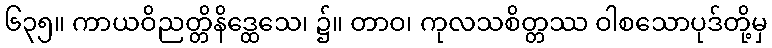
၆၃၅။ ကာယဝိညတ္တိနိဒ္ထေသေ၊ ၌။ တာဝ၊ ကုလသစိတ္တဿ ဝါစသောပုဒ်တို့မှ